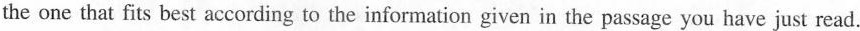
the one that fits best according to the information given in the passage you have just read.